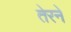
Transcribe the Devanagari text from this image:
तेरने